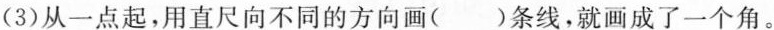
(3)从一点起，用直尺向不同的方向画（ ）条线，就画成了一个角。